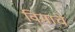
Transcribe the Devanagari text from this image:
विमाचे